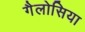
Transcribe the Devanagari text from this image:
गैलोसिया